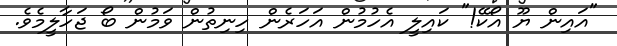
"އައިން ޔޫ އޯކޭ!" ކައިލީ އެހުމުން އަހަރެން ހިނިތުން ވަމުން ބޯ ޖަހާލީމެވެ.